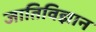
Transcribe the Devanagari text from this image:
जातिविज्ञान